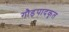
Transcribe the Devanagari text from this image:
गौड़पादकृत